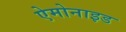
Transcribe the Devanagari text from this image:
ऐमोनाइड